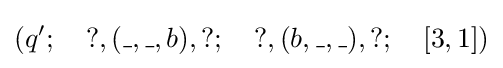
(q';~~~?,(\_,\_,b),?;~~~?,(b,\_,\_),?;~~~[3,1])